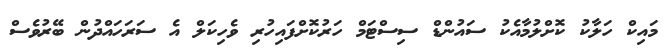
މައިކް ހަލާކު ކޮށްލުމާއެކު ސައުންޑް ސިސްޓަމް ހަރުކޮށްފައިހުރި ވެހިކަލް އެ ސަރަހައްދުން ބޭރުވެސް